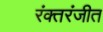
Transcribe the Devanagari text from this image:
रंक्तरंजीत